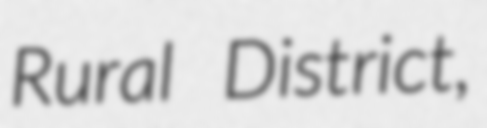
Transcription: Rural District,